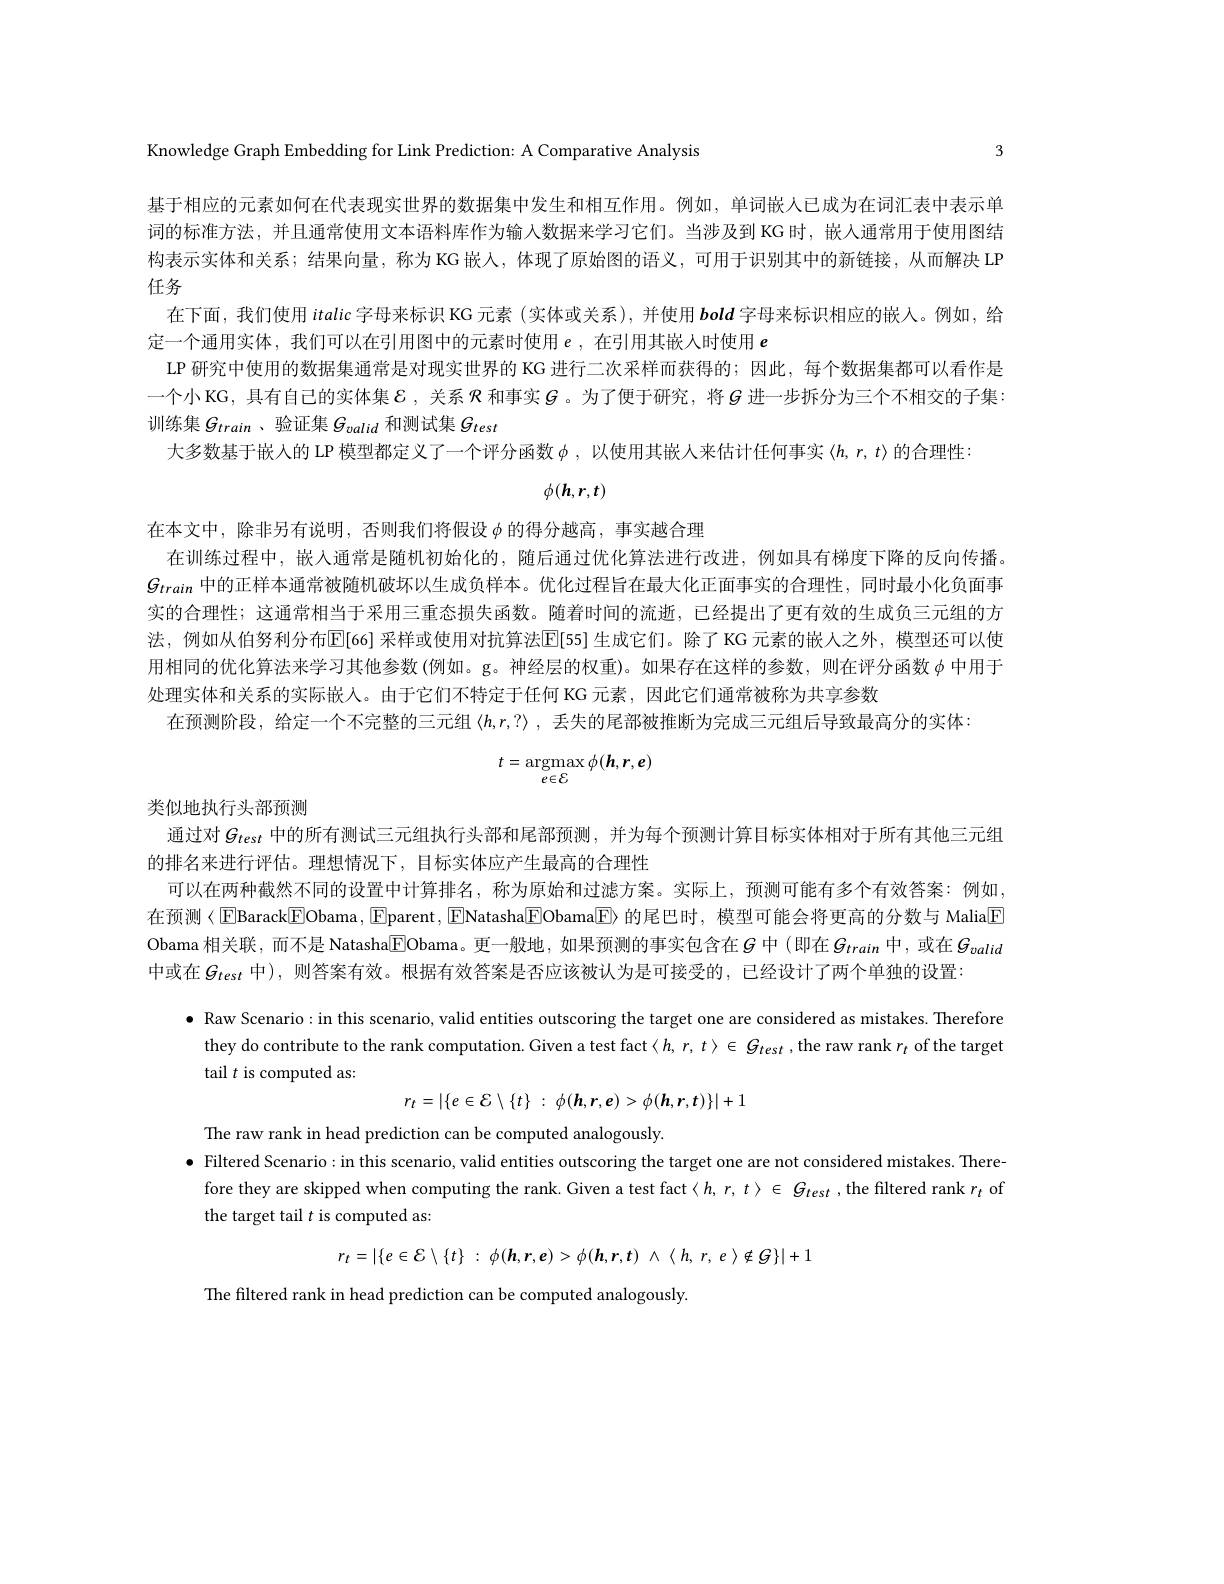
3

Knowledge Graph Embedding for Link Prediction: A Comparative Analysis

基于相应的元素如何在代表现实世界的数据集中发生和相互作用。例如，单词嵌人已成为在词汇表中表示单词的标准方法，并且通常使用文本语料库作为输人数据来学习它们。当涉及到 KG 时，嵌人通常用于使用图结构表示实体和关系；结果向量，称为KG 嵌人，体现了原始图的语义，可用于识别其中的新链接，从而解决 LP 任务
在下面，我们使用italic字母来标识 KG 元素 (实体或关系),并使用bold字母来标识相应的嵌人。例如，给
定一个通用实体，我们可以在引用图中的元素时使用$e$,在引用其嵌人时使用 $e$
LP 研究中使用的数据集通常是对现实世界的 KG 进行二次采样而获得的；因此，每个数据集都可以看作是一个小 KG, 具有自己的实体集$\mathcal{E}$ ,关系$\mathcal{R}$和事实$\mathcal{G}$ 。为了便于研究，将$\mathcal{G}$进一步拆分为三个不相交的子集： 训练集$G_{train}$ 、验证集$G_valid$和测试集$G_test$
大多数基于嵌入的 LP 模型都定义了一个评分函数$\phi$ ,以使用其嵌人来估计任何事实$\langle h,r,t\rangle$的合理性
$$\phi(\boldsymbol{h},r,t)$$
在本文中，除非另有说明，否则我们将假设$\phi$的得分越高，事实越合理
在训练过程中，嵌人通常是随机初始化的，随后通过优化算法进行改进，例如具有梯度下降的反向传播$g_{train}$中的正样本通常被随机破坏以生成负样本。优化过程旨在最大化正面事实的合理性，同时最小化负面事实的合理性；这通常相当于采用三重态损失函数。随着时间的流逝，已经提出了更有效的生成负三元组的方法，例如从伯努利分布E[66] 采样或使用对抗算法E[55] 生成它们。除了KG 元素的嵌人之外，模型还可以使用相同的优化算法来学习其他参数(例如。g。神经层的权重)。如果存在这样的参数，则在评分函数$\phi$中用于处理实体和关系的实际嵌人。由于它们不特定于任何 KG 元素，因此它们通常被称为共享参数
在预测阶段，给定一个不完整的三元组$\langle h,r,?\rangle$,丢失的尾部被推断为完成三元组后导致最高分的实体
$$t=\underset{e\in\mathcal{E}}{\mathrm{argmax}}\phi(h,r,e)$$
类似地执行头部预测

通过对$G_{test}$ 中的所有测试三元组执行头部和尾部预测，并为每个预测计算目标实体相对于所有其他三元组
的排名来进行评估。理想情况下，目标实体应产生最高的合理性
可以在两种截然不同的设置中计算排名，称为原始和过滤方案。实际上，预测可能有多个有效答案：例如在预测〈EBarack[F]Obama,[E]parent,[E]Natasha[E]Obama[E》的尾巴时，模型可能会将更高的分数与 Malia[E] Obama 相关联，而不是 Natasha$\boxed{\mathrm{F}}$Obama。更一般地，如果预测的事实包含在$G$ 中(即在$g_{train}$ 中，或在$g_{valid}$ 中或在$G_{test}$ 中),则答案有效。根据有效答案是否应该被认为是可接受的，已经设计了两个单独的设置

$\bullet$ Raw Scenario: in this scenario, valid entities outscoring the target one are considered as mistakes. Therefore
they do contribute to the rank computation. Given a test fact$\langle h,r,t\rangle\in G_{test}$,the raw rank $r_t$ of the target
tail $t$ is computed as:
$$r_{t}=|\{e\in\mathcal{E}\setminus\{t\}\::\:\phi(h,r,e)>\phi(h,r,t)\}|+1$$
The raw rank in head prediction can be computed analogously
$\bullet$ Filtered Scenario:in this scenario, valid entities outscoring the target one are not considered mistakes. There-
fore they are skipped when computing the rank. Given a test fact$\langle h,r,t\rangle\in G_test$ ,the filtered rank $r_t$ of
the target tail $t$ is computed as
$r_{t}= | \{ e\in \mathcal{E} \setminus \{ t\}$ : $\phi ( \boldsymbol{h}, \boldsymbol{r}, \boldsymbol{e}) > \phi ( \boldsymbol{h}, \boldsymbol{r}, \boldsymbol{t})$ $\wedge$ $\langle$ $h$, $r$, $e$ $\rangle \notin \mathcal{G} \} | + 1$

The filtered rank in head prediction can be computed analogously